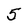
Character: 5